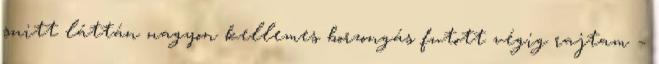
snitt láttán nagyon kellemes borzongás futott végig rajtam –